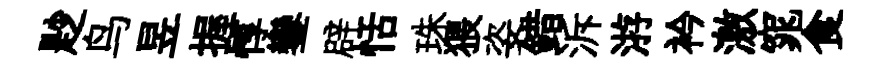
尟鸟昱握惇鑾辟恬珠猥姿錯泝㳺衿激窕食